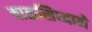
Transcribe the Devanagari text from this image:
बाळसिध्दाने